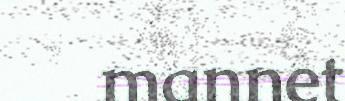
mannet